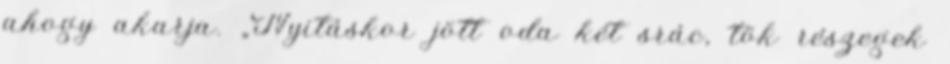
ahogy akarja. „Nyitáskor jött oda két srác, tök részegek